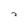
Character: 2